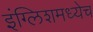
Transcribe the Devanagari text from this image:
इंग्लिशमध्येच